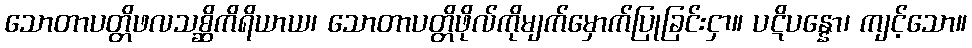
သောတာပတ္တိဖလသစ္ဆိကိရိယာယ၊ သောတာပတ္တိဖိုလ်ကိုမျက်မှောက်ပြုခြင်းငှာ။ ပဋိပန္နော၊ ကျင့်သော။